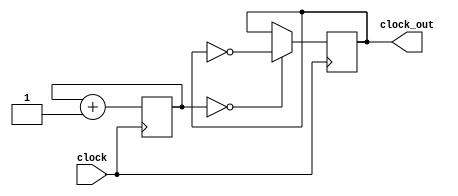
`timescale 1ns / 1ps
//////////////////////////////////////////////////////////////////////////////////
// Company: 
// Engineer: 
// 
// Design Name: 
// Module Name: clk3hz
// Project Name: 
// Target Devices: 
// Tool Versions: 
// Description: 
// 
// Dependencies: 
// 
// Revision:
// Revision 0.01 - File Created
// Additional Comments:
// 
//////////////////////////////////////////////////////////////////////////////////


module clk3hz(input clock,output reg clock_out = 0);
    reg [23:0] counter = 0;
    always @ (posedge clock) begin
        counter <= counter + 1;
        clock_out <= (counter == 0) ? ~clock_out : clock_out;
    end
endmodule